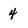
Character: 4